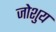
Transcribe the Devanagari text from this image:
जोशुय